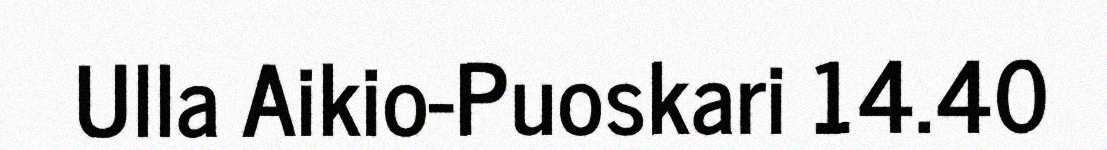
Ulla Aikio-Puoskari 14.40